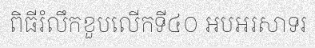
ពិធីរំលឹកខួបលើកទី៤០ អបអរសាទរ